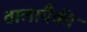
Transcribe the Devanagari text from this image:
तालांपैकी